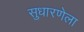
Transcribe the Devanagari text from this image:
सुधारणेला